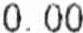
0.00